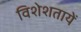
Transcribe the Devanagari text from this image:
विशेशतायें